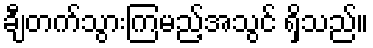
ချီတက်သွားကြမည့်အသွင် ရှိသည်။